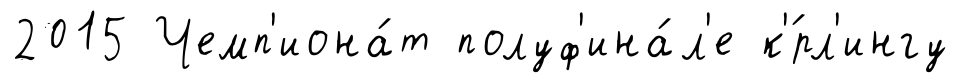
2015 Чемп'иона́т полуф'ина́л'е к'́рл'ингу